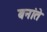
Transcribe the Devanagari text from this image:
बनांते